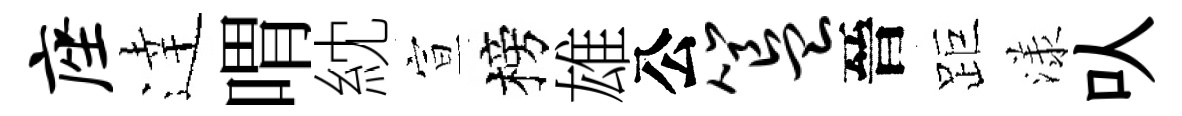
座逹喟紞宣榜雄公簋晉距漾㕥